Report on vaccination in Madras 1895-1903 - 1895-1903
Year: 1895
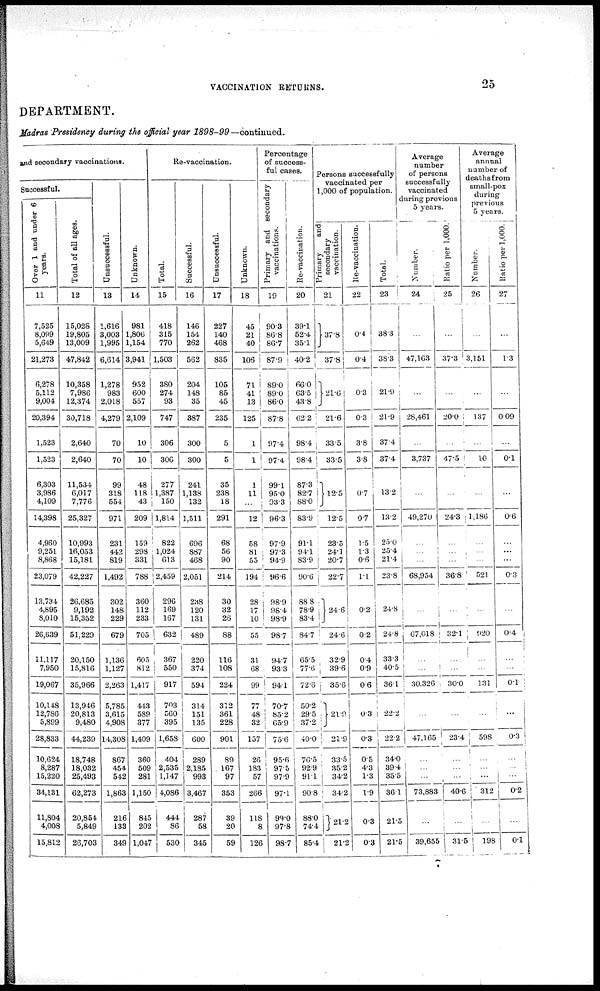
VACCINATION RETURNS.
25
DEPARTMENT.
Madras Presidency during the official year
1898-99—continued.
and secondary vaccinations.
Successful.
Over 1 and under 6
years.
11
7,525
8,099
5,649
21,273
6,278
5,112
9,004
20,394
1,523
1,523
6,303
3,986
4,109
14,398
4,960
9,251
8,868
23,079
13,734
4,895
8,010
26,639
11,117
7,950
19,067
10,148
12,786
5,899
28,833
10,624
8,287
15,220
34,131
11,804
4,008
15,812
Total of all ages.
12
15,028
19,805
13,009
47,842
10,358
7,986
12,374
30,718
2,640
2,640
11,534
6,017
7,776
25,327
10,993
16,053
15,181
42,227
26,685
9,192
15,352
51,229
20,150
15,816
35,966
13,946
20,813
9,480
44,239
18,748
18,032
25,493
62,273
20,854
5,849
26,703
Unsuccessful.
13
1,616
3,003
1,995
6,614
1,278
983
2,018
4,279
70
70
99
318
554
971
231
442
819
1,492
302
148
229
679
1,136
1,127
2,263
5,785
3,615
4,908
14,308
867
454
542
1,863
216
133
349
Unknown.
14
981
1,806
1,154
3,941
952
600
557
2,109
10
10
48
118
43
209
159
298
331
788
360
112
233
705
605
812
1,417
443
589
377
1,409
360
509
281
1,150
845
202
1,047
Re-vaccination.
Total.
15
418
315
770
1,503
380
274
93
747
306
306
277
1,387
150
1,814
822
1,024
613
2,459
296
169
167
632
367
550
917
703
560
395
1,658
404
2,535
1,147
4,086
444
86
530
Successful.
16
146
154
262
562
204
148
35
387
300
300
241
1,138
132
1,511
696
887
468
2,051
238
120
131
489
220
374
594
314
151
135
600
289
2,185
993
3,467
287
58
345
Unsuccessful.
17
227
140
468
835
105
85
45
235
5
5
35
238
18
291
68
56
90
214
30
32
26
88
116
108
224
312
361
228
901
89
167
97
353
39
20
59
Unknown.
18
45
21
40
106
71
41
13
125
1
1
1
11
...
12
58
81
55
194
28
17
10
55
31
68
99
77
48
32
157
26
183
57
266
118
8
126
Percentage
of success-
ful cases.
Primary and secondary
vaccinations.
19
90.3
86.8
86.7
87.9
89.0
89.0
86.0
87.8
97.4
97.4
99.1
95 0
93.3
96.3
97.9
97.3
94.9
96.6
98.9
98.4
98.9
98.7
94.7
93.3
94.1
70.7
85.2
65.9
75.6
95.6
97.5
97.9
97.1
99.0
97.8
98.7
Re-vaccination.
20
39.1
52.4
35.1
40.2
66.0
63.5
43.8
62.2
98.4
98.4
87.3
82.7
88.0
83.9
91.1
94.1
83.9
90.6
88.8
78.9
83.4
84.7
65.5
77.6
72.6
50.2
29.5
37.2
40.0
76.5
92.9
91.1
90.8
88.0
74.4
85.4
Persons successfully
vaccinated per
1,000 of population.
Primary
and
secondary
vaccination.
21
37.8
37.8
21.6
21.6
33.5
33.5
12.5
12.5
23.5
24.1
20.7
22.7
24. 6
24.6
32.9
39.6
35.6
21.9
21.9
33.5
35.2
34.2
34.2
21.2
21.2
Re-vaccination.
22
0.4
0.4
0.3
0.3
3.8
3.8
0.7
0.7
1.5
1.3
0.6
1.1
0.2
0.2
0.4
0.9
0.6
0.3
0.3
0.5
4.3
1.3
1.9
0.3
0.3
Total.
23
38.3
38.3
21.9
21.9
37.4
37.4
13.2
13.2
25.0
25.4
21.4
23.8
24.8
24.8
33.3
40.5
36.1
22.2
22.2
34.0
39.4
35.5
36.1
21.5
21.5
Average
number
of persons
successfully
vaccinated
during previous
5 years.
Number.
24
...
47,163
...
28,461
...
3,737
...
49,270
...
...
...
68,954
...
67,018
...
...
30,326
...
47,165
...
...
...
73,883
...
39,655
Ratio per 1,000.
25
...
37.3
...
20.0
...
47.5
...
24.3
...
...
...
36.8
...
32.1
...
...
30.0
...
23.4
...
...
...
40.6
...
31.5
Average
annual
number of
deaths from
small-pox
during
previous
5 years.
Number.
26
...
3,151
...
137
...
10
...
1,186
...
...
...
521
...
920
...
...
131
...
598
...
...
...
312
...
198
Ratio per 1,000.
27
...
1.3
...
0.09
...
0.1
...
0.6
...
...
...
0.3
...
0.4
...
...
0.1
...
0.3
...
...
...
0.2
...
0.1
7